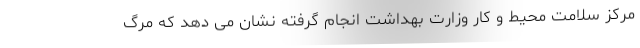
مرکز سلامت محیط و کار وزارت بهداشت انجام گرفته نشان می دهد که مرگ